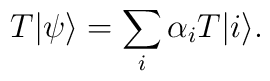
T|\psi\rangle = \sum_i \alpha_i T|i\rangle.